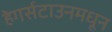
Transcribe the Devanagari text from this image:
हेगर्सटाउनमधून